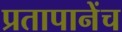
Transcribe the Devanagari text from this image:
प्रतापानेंच